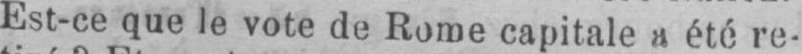
Est-ce que le vote de Rome capitale a été re-